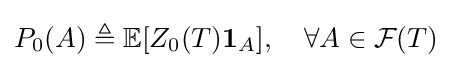
P_{0}(A)\triangleq \mathbb {E} [Z_{0}(T)\mathbf {1} _{A}],\quad \forall A\in {\mathcal {F}}(T)